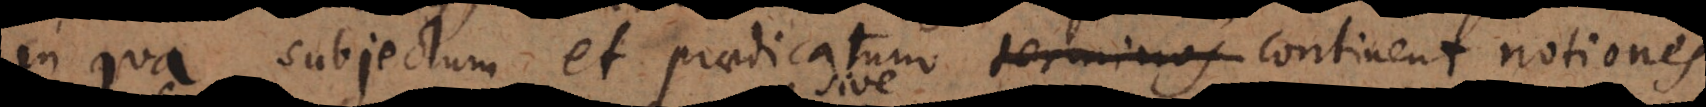
in qua subjectum et praedicatum terminos habent continent